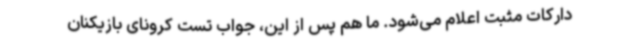
دارکات مثبت اعلام می‌شود. ما هم پس از این، جواب تست‌ کرونای بازیکنان